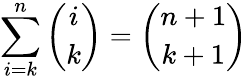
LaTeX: \sum_{i=k}^{n}{\binom{i}{k}}={\binom{n+1}{k+1}}